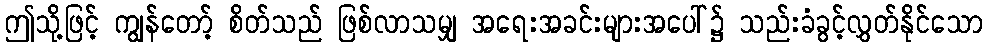
ဤသို့ဖြင့် ကျွန်တော့် စိတ်သည် ဖြစ်လာသမျှ အရေးအခင်းများအပေါ်၌ သည်းခံခွင့်လွှတ်နိုင်သော